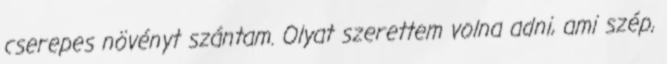
cserepes növényt szántam. Olyat szerettem volna adni, ami szép,